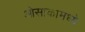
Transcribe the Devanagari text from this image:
ओसाकामध्ये